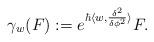
LaTeX: \begin{align*}\gamma_w(F) := e^{\hbar \langle w,\frac{\delta^2}{\delta \phi^2} \rangle } F.\end{align*}